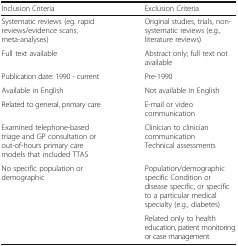
<table><thead><tr><td><b>Inclusion Criteria</b></td><td><b>Exclusion Criteria</b></td></tr></thead><tbody><tr><td>Systematic reviews (eg. rapid reviews/evidence scans, meta-analyses)</td><td>Original studies, trials, non-systematic reviews (e.g., literature reviews)</td></tr><tr><td>Full text available</td><td>Abstract only; full text not available</td></tr><tr><td>Publication date: 1990 - current</td><td>Pre-1990</td></tr><tr><td>Available in English</td><td>Not available in English</td></tr><tr><td>Related to general, primary care</td><td>E-mail or video communication</td></tr><tr><td>Examined telephone-based triage and GP consultation or out-of-hours primary care models that included TTAS</td><td>Clinician to clinician communication Technical assessments</td></tr><tr><td>No specific population or demographic</td><td>Population/demographic specific Condition or disease specific, or specific to a particular medical specialty (e.g., diabetes)</td></tr><tr><td>[EMPTY_CELL]</td><td>Related only to health education, patient monitoring or case management</td></tr></tbody></table>